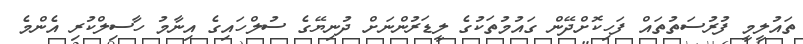
ތައުލީމީ ފުރުސަތުތައް ފަހިކޮށްދޭން ގައުމުތަކުގެ ލީޑަރުންނަށް ދުނިޔޭގެ ސުލްހައިގެ އިނާމު ހާސިލްކުރި އެންމެ